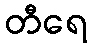
တီရေ